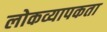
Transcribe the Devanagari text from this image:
लोकव्यापकता